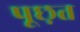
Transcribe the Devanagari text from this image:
पूछ़त